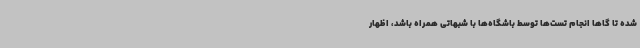
شده تا گاها انجام تست‌ها توسط باشگاه‌ها با شبهاتی همراه باشد، اظهار